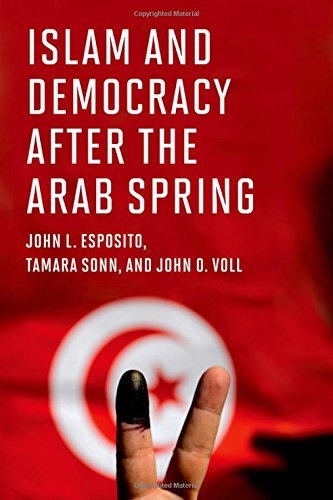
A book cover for Islam and Democracy after the Arab Spring; John L. Esposito; Religion & Spirituality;